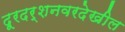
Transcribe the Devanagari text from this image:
दूरदर्शनवरदेखील